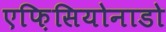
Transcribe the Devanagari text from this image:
एफ़िसियोनाडो